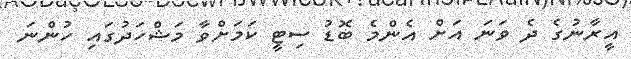
އީރާނުގެ ދެ ވަނަ އަށް އެންމެ ބޮޑު ސިޓީ ކަމަށްވާ މަޝްހަދުގައި ހުންނަ